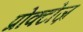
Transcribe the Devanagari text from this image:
प्रोक्टोज़